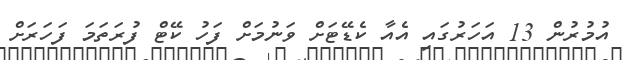
އުމުރުން 13 އަހަރުގައި އެއާ ކެޑޭޓަށް ވަނުމަށް ފަހު ކޭޓް ފުރަތަމަ ފަހަރަށް